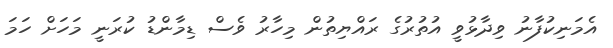
އެމަނިކުފާނު ވިދާޅުވީ އުތުރުގެ ރައްޔިތުން މިހާރު ވެސް ޑިމާންޑު ކުރަނީ މަހަށް ހަމަ